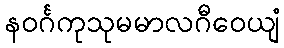
နဝင်္ဂကုသုမမာလဂီဝေယျံ